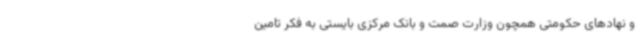
و نهادهای حکومتی همچون وزارت صمت و بانک مرکزی بایستی به فکر تامین